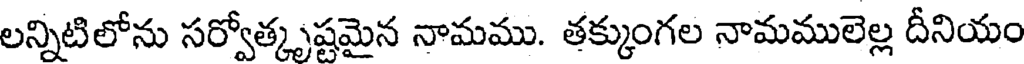
లన్నిటిలోను సర్వోత్కృష్టమైన నామము. తక్కుంగల నామములెల్ల దీనియం